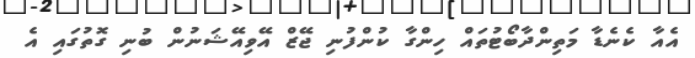
އެއާ ކެނެޑާ މަތިންދާބޯޓުތައް ހިންގާ ކުންފުނި ޖޭޒް އޭވިއޭޝަނުން ބުނި ގޮތުގައި އެ